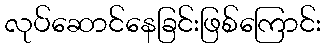
လုပ်ဆောင်နေခြင်းဖြစ်ကြောင်း